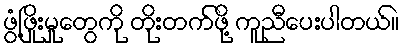
ဖွံ့ဖြိုးမှုတွေကို တိုးတက်ဖို့ ကူညီပေးပါတယ်။